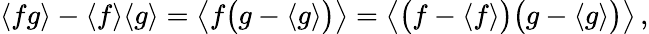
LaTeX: \begin{array}{r}{\langle fg\rangle-\langle f\rangle\langle g\rangle=\big\langle f\bigl(g-\langle g\rangle\bigr)\big\rangle=\big\langle\bigl(f-\langle f\rangle\bigr)\bigl(g-\langle g\rangle\bigr)\big\rangle\, ,}\end{array}